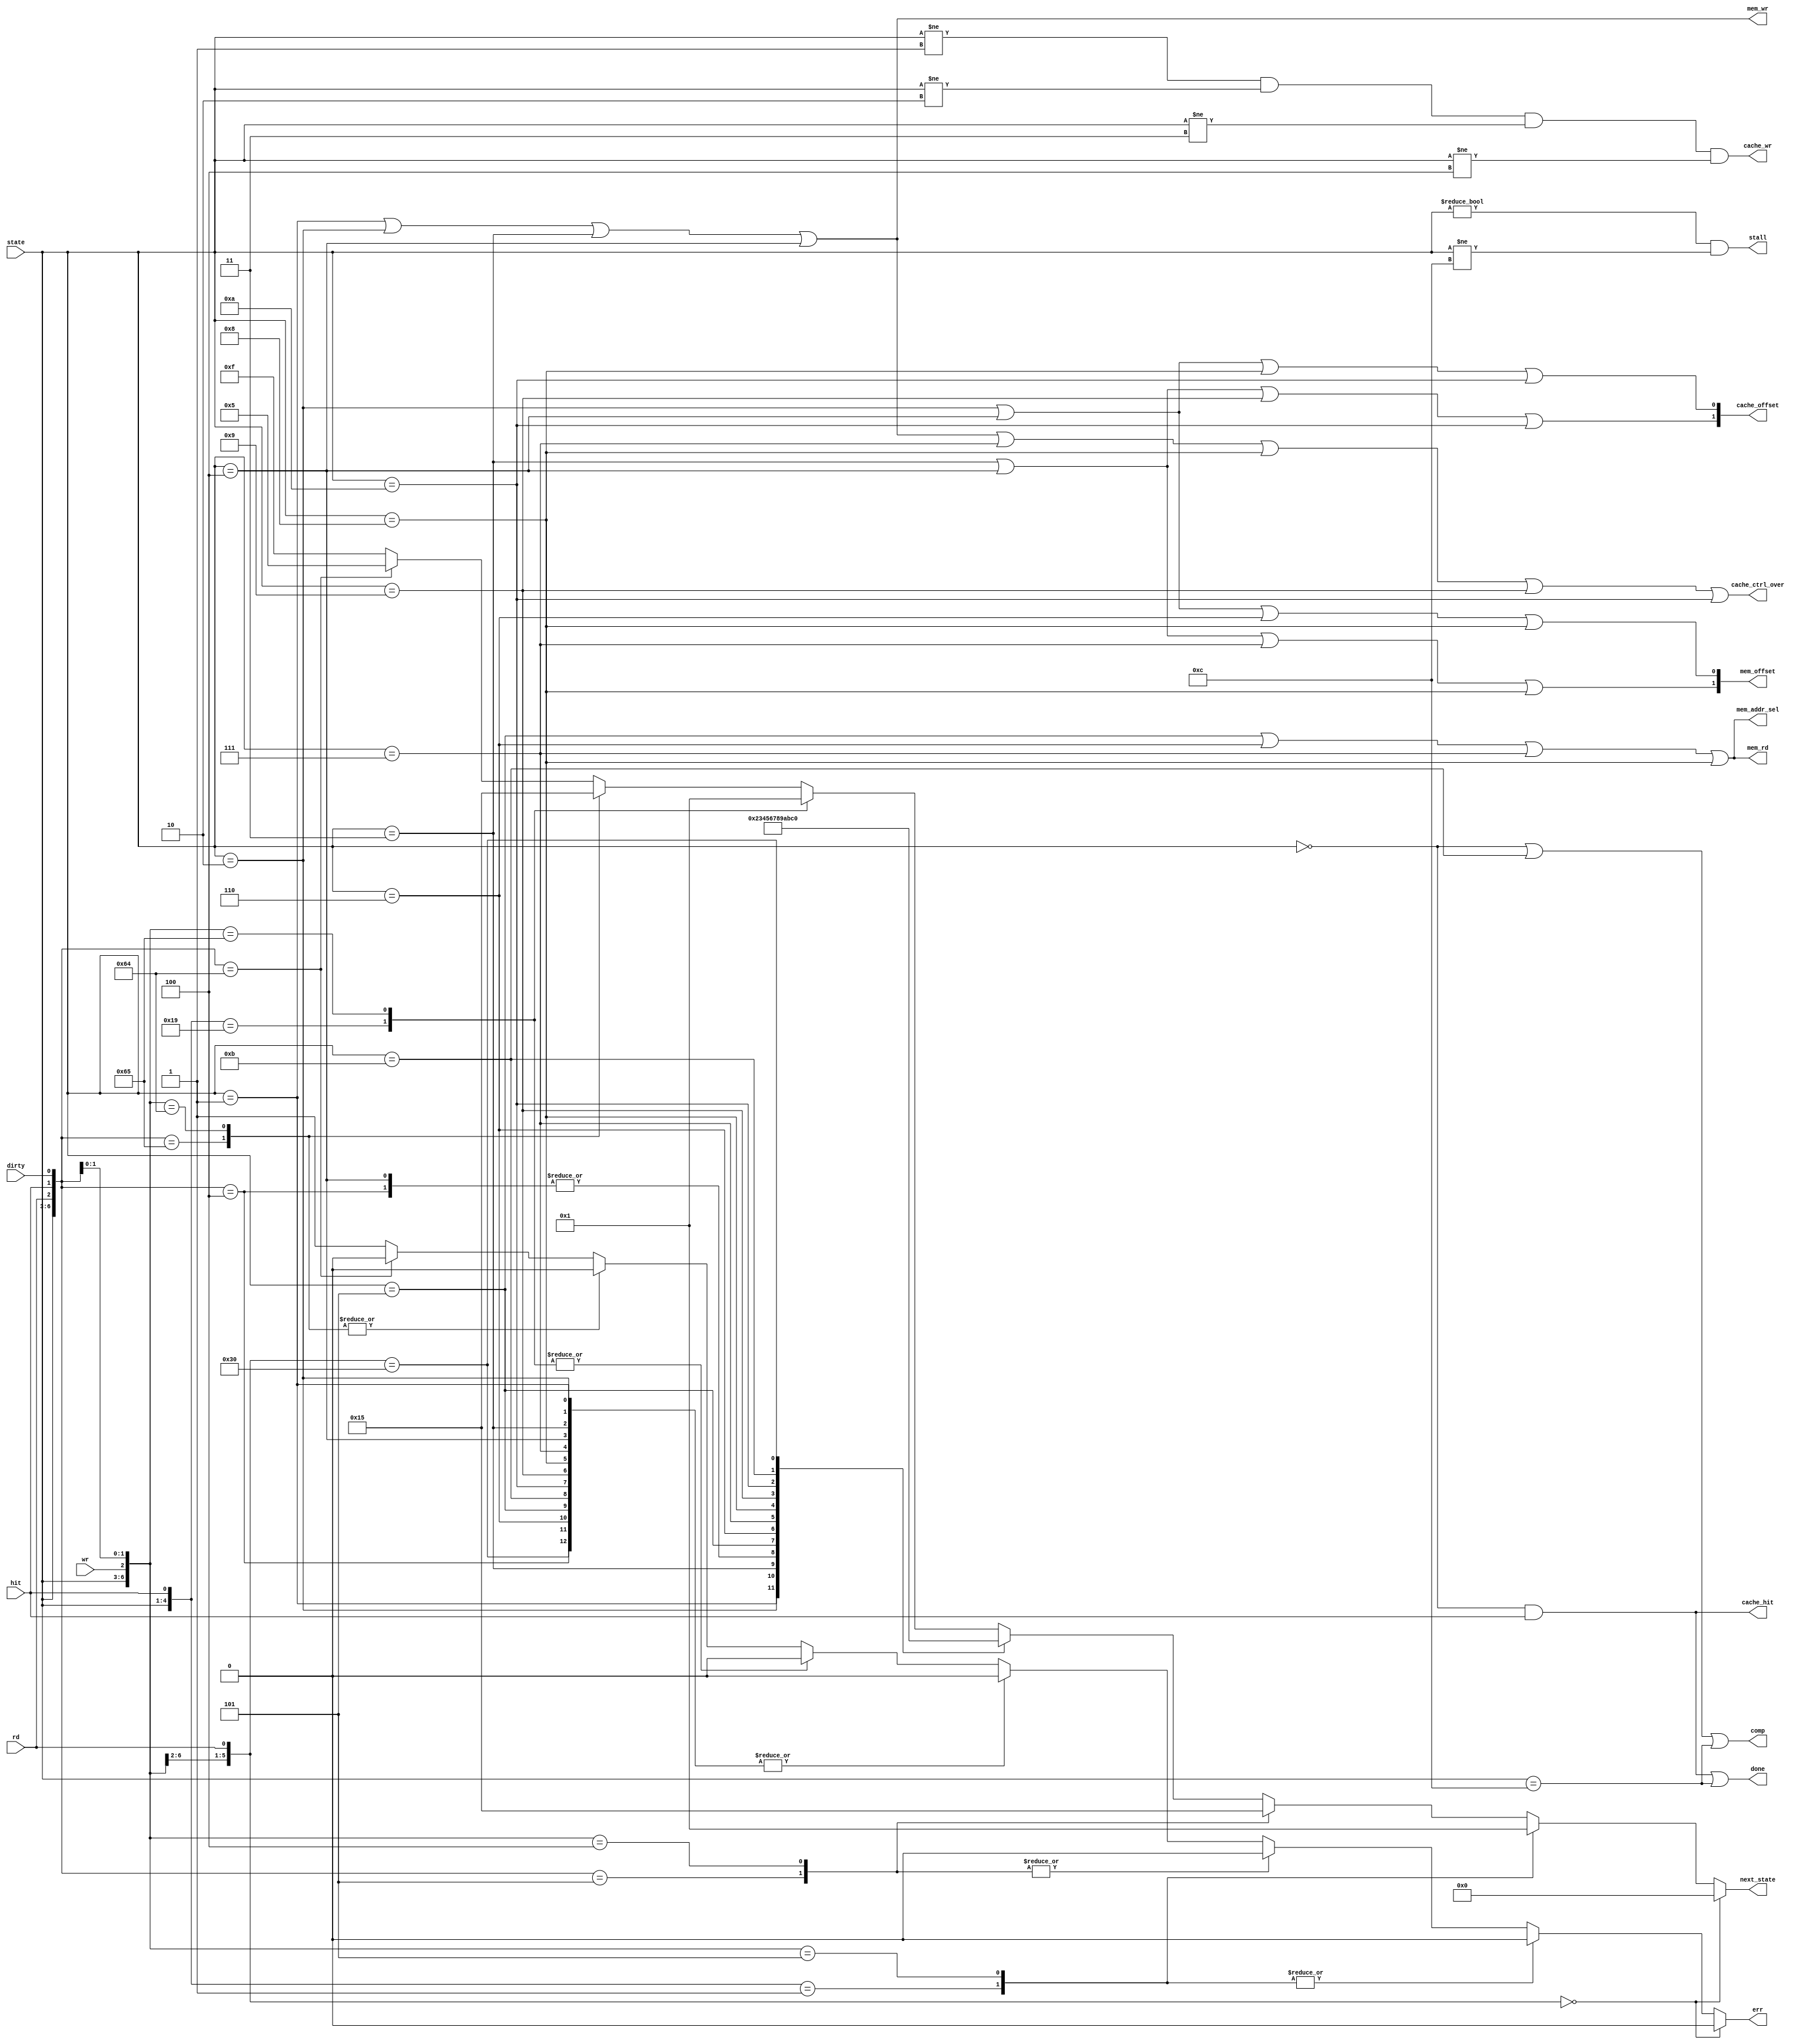
module statelogic(wr,rd,hit,dirty,state,
                  next_state,cache_ctrl_over,cache_offset,comp,done,cache_hit,
                  cache_wr,mem_addr_sel,mem_offset,stall,mem_wr,mem_rd,err);

   input         wr;
   input         rd;
   input         hit;
   input         dirty;
   input   [3:0] state;

   output reg [3:0] next_state;
   output        cache_ctrl_over;
   output  [1:0] cache_offset;
   output        comp;
   output        cache_wr;
   output        mem_addr_sel;
   output  [1:0] mem_offset;
   output        stall;
   output        mem_wr;
   output        mem_rd;
   output        done;
   output        cache_hit;
   output reg    err;
   

   always @(state,wr,rd,hit,dirty)
      begin
         err = 1'b0;
         casex({state,wr,rd,hit,dirty})

            // state0 & [~(wr|rd) | hit]
            8'b0000_0_0_?_?:
               next_state <= 4'b0000;
            8'b0000_?_?_1_?:
               next_state <= 4'b0000;
            
            // state0 & [(wr|rd) & ~hit & dirty]
            8'b0000_1_?_0_1:
               next_state <= 4'b0001;
            8'b0000_?_1_0_1:
               next_state <= 4'b0001;

            // state0 & [(wr|rd) & ~hit & ~dirty]
            8'b0000_1_?_0_0:
               next_state <= 4'b0101;
            8'b0000_?_1_0_0:
               next_state <= 4'b0101;

            // state1
            8'b0001_?_?_?_?:
               next_state <= 4'b0010;

            // state2
            8'b0010_?_?_?_?:
               next_state <= 4'b0011;

            // state3
            8'b0011_?_?_?_?:
               next_state <= 4'b0100;

            // state4
            8'b0100_?_?_?_?:
               next_state <= 4'b0101;

            // state5
            8'b0101_?_?_?_?:
               next_state <= 4'b0110;

            // state6
            8'b0110_?_?_?_?:
               next_state <= 4'b0111;

            // state7
            8'b0111_?_?_?_?:
               next_state <= 4'b1000;

            // state8
            8'b1000_?_?_?_?:
               next_state <= 4'b1001;

            // state9
            8'b1001_?_?_?_?:
               next_state <= 4'b1010;

            // state10
            8'b1010_?_?_?_?:
               next_state <= 4'b1011;

	    // state 11
	    8'b1011_?_?_?_?:
               next_state <= 4'b1100;
	   
            // state12 & [~(wr|rd) | hit]
            8'b1100_0_0_?_?:
               next_state <= 4'b0000;
            8'b1100_?_?_1_?:
               next_state <= 4'b0000;
            
            // state12 & [(wr|rd) & ~hit & dirty]
            8'b1100_1_?_0_1:
               next_state <= 4'b0001;
            8'b1100_?_1_0_1:
               next_state <= 4'b0001;

            // state12 & [(wr|rd) & ~hit & ~dirty]
            8'b1100_1_?_0_0:
               next_state <= 4'b0101;
            8'b1100_?_1_0_0:
               next_state <= 4'b0101;

            default: begin
               next_state <= 4'b1111;
               err = 1'b1;
            end
         endcase
      end

   assign cache_ctrl_over = (state == 4'h1)|(state == 4'h2)|
                            (state == 4'h3)|(state == 4'h4)| 
                            (state == 4'h7)|(state == 4'h8)| 
                            (state == 4'h9)|(state == 4'hA);
   assign cache_offset[1] = (state == 4'h3)|(state == 4'h4)| 
                            (state == 4'h9)|(state == 4'hA);
   assign cache_offset[0] = (state == 4'h2)|(state == 4'h4)|
                            (state == 4'h8)|(state == 4'hA);
   assign comp            = (state == 4'h0)|(state == 4'hB)|
                            (state == 4'hC);
   assign cache_wr        = (state != 4'h1)&(state != 4'h2)&
                            (state != 4'h3)&(state != 4'h4);
   assign mem_addr_sel    = (state == 4'h5)|(state == 4'h6)|
                            (state == 4'h7)|(state == 4'h8);
   assign mem_offset[1]   = (state == 4'h3)|(state == 4'h4)|
                            (state == 4'h7)|(state == 4'h8);
   assign mem_offset[0]   = (state == 4'h2)|(state == 4'h4)|
                            (state == 4'h6)|(state == 4'h8);
   assign stall           = (state != 4'h0)&(state != 4'hC);
   assign mem_wr          = (state == 4'h1)|(state == 4'h2)|
                            (state == 4'h3)|(state == 4'h4);
   assign mem_rd          = (state == 4'h5)|(state == 4'h6)|
                            (state == 4'h7)|(state == 4'h8); 
   assign done            = ((state == 4'h0)&hit)
                              |(state == 4'hC);
   assign cache_hit       = ((state == 4'h0)&hit);
                  

endmodule